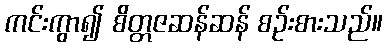
ကင်းကွာ၍ စိတ္တဇဆန်ဆန် စဉ်းစားသည်။